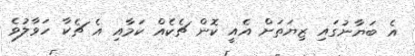
އެ ބަޔާނުގައި ޒިޔަތަށް އެއީ ކޮން ޗެކެއް ކަމާއި އެ ޗެކާ ހަވާލުވެ